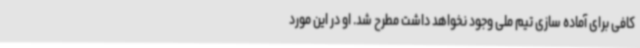
کافی برای آماده سازی تیم ملی وجود نخواهد داشت مطرح شد. او در این مورد